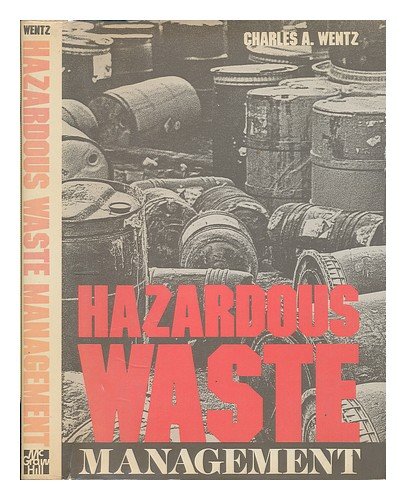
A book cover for Hazardous Waste Management; Charles A. Wentz; Science & Math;